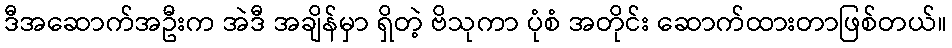
ဒီအဆောက်အဦးက အဲဒီ အချိန်မှာ ရှိတဲ့ ဗိသုကာ ပုံစံ အတိုင်း ဆောက်ထားတာဖြစ်တယ်။